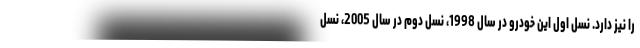
را نیز دارد. نسل اول این خودرو در سال 1998، نسل دوم در سال 2005، نسل